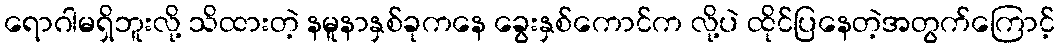
ရောဂါမရှိဘူးလို့ သိထားတဲ့ နမူနာနှစ်ခုကနေ ခွေးနှစ်ကောင်က လို့ပဲ ထိုင်ပြနေတဲ့အတွက်ကြောင့်